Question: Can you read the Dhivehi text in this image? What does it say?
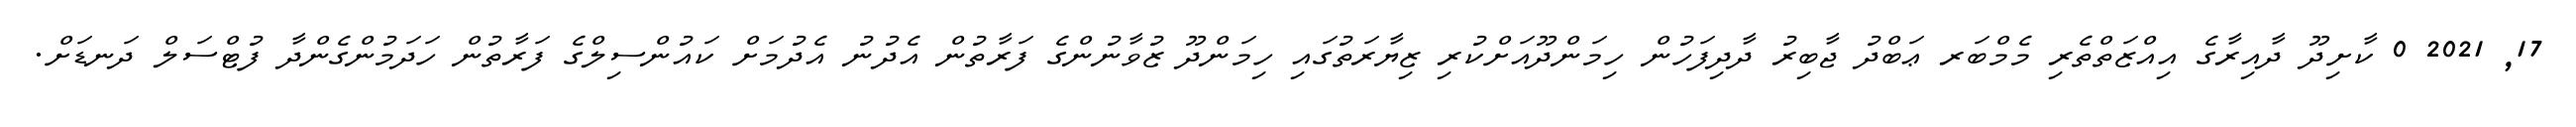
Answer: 17, 2021 0 ކާށިދޫ ދާއިރާގެ އިއްޒަތްތެރި މެމްބަރ ޢަބްދު ޖާބިރު ދާދިފަހުން ހިމަންދޫއަށްކުރި ޒިޔާރަތުގައި ހިމަންދޫ ޒުވާނުންގެ ފަރާތުން އެދުނު އެދުމަށް ކައުންސިލްގެ ފަރާތުން ހަދަމުންގެންދާ ފުޓްސަލް ދަނޑަށް.